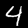
Label: 4